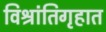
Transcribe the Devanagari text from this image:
विश्रांतिगृहात